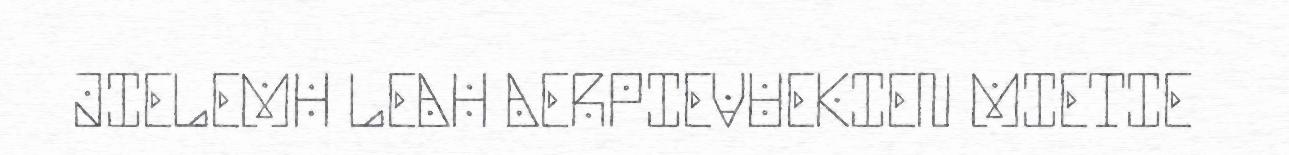
JIELEMH LEAH AERPIEVUEKIEN MIETIE